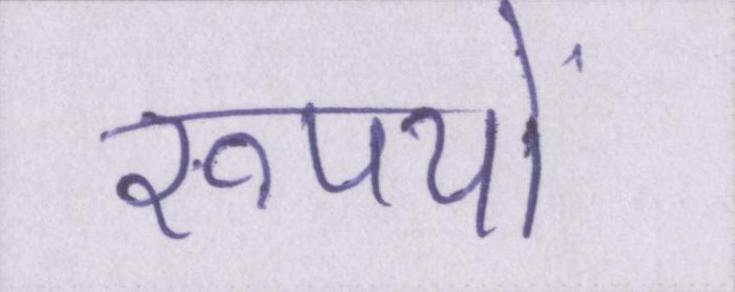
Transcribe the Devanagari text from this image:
रूपयों